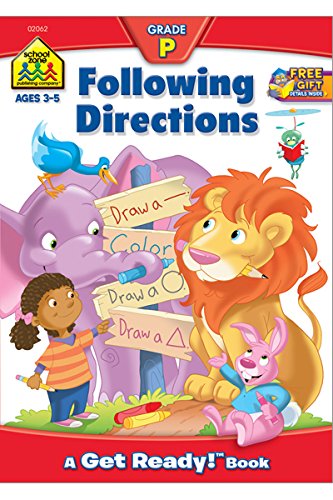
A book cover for Following Directions (Get Ready Books); Barbara Gregorich; Children's Books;